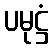
ပမုဋ္ဌံ